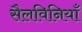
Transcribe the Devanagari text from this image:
सैलविनियाँ